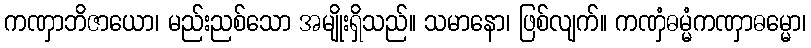
ကဏှာဘိဇာယော၊ မည်းညစ်သော အမျိုးရှိသည်။ သမာနော၊ ဖြစ်လျက်။ ကဏှံဓမ္မံကဏှာဓမ္မော၊